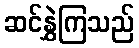
ဆင်နွှဲကြသည်